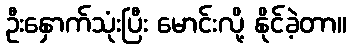
ဦးနှောက်သုံးပြီး မောင်းလို့ နိုင်ခဲ့တာ။